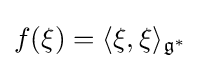
f(\xi )=\langle \xi ,\xi \rangle _{{\mathfrak {g}}^{*}}